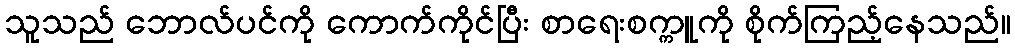
သူသည် ဘောလ်ပင်ကို ကောက်ကိုင်ပြီး စာရေးစက္ကူကို စိုက်ကြည့်နေသည်။